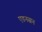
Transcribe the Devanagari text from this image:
एडनसन